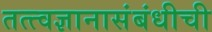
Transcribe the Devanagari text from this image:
तत्त्वज्ञानासंबंधीची